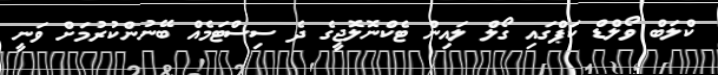
ކްލަބް ވޯލްޑް ކަޕްގައި ގޯލް ލައިން ޓެކްނޮލޮޖީގެ ދެ ސިސްޓަމެއް ބޭނުންކުރުމަށް ވަނީ